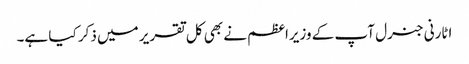
اٹارنی جنرل آپ کے وزیراعظم نے بھی کل تقریر میں ذکر کیا ہے۔